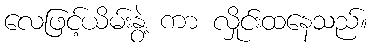
လေဖြင့်ယိမ်းနွဲ့ ကာ လှိုင်းထနေသည်။